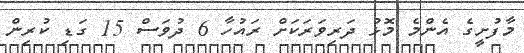
މާފުށީގެ އެންމެ މޮޅު ދަރިވަރަކަށް ރައުހާ 6 ދުވަސް 15 ގަޑި ކުރިން